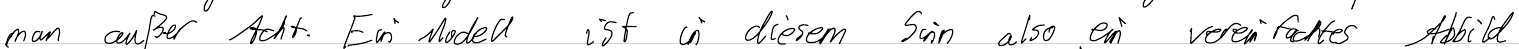
man außer Acht. Ein Modell ist in diesem Sinn also ein vereinfachtes Abbild